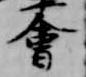
会